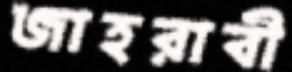
জাহরাবী